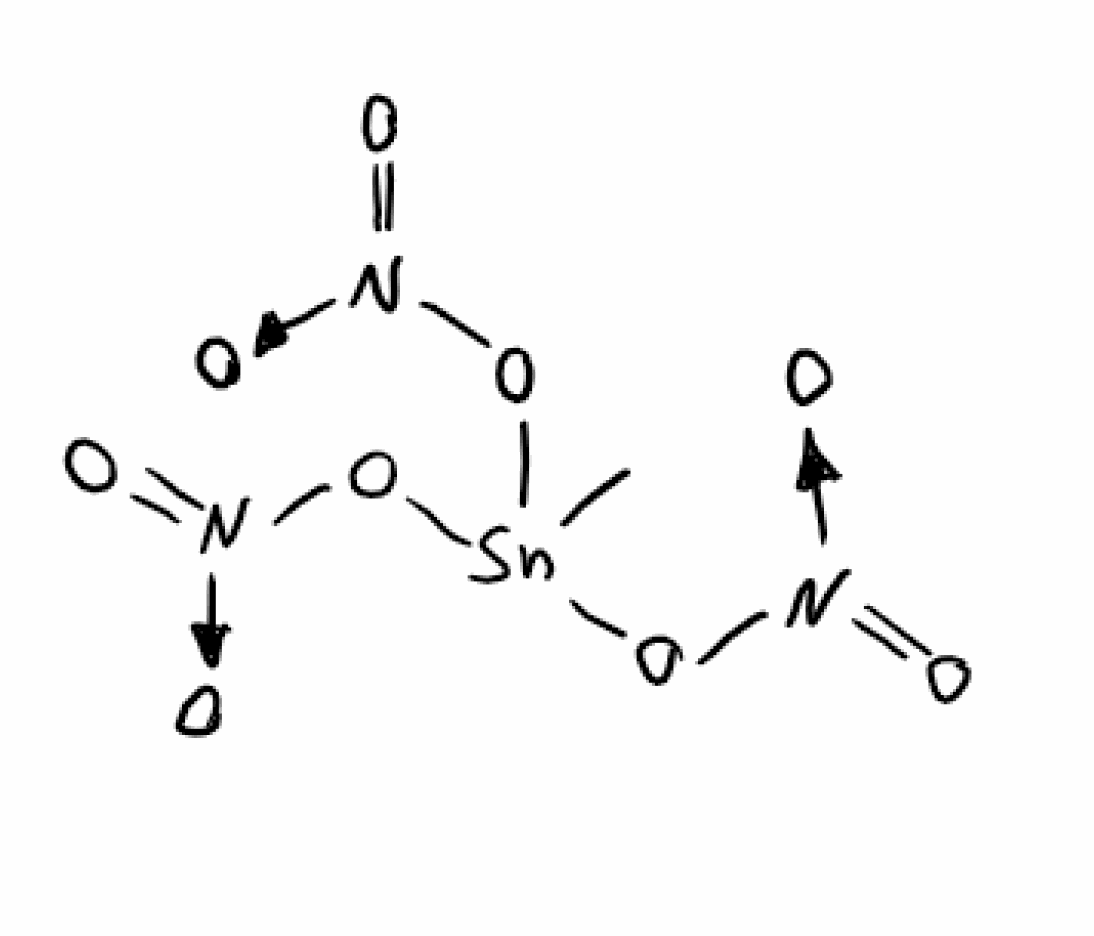
Simplified molecular-input line-entry system (SMILES) notation of the given molecule:
C[Sn](O[N+](=O)[O-])(O[N+](=O)[O-])O[N+](=O)[O-]